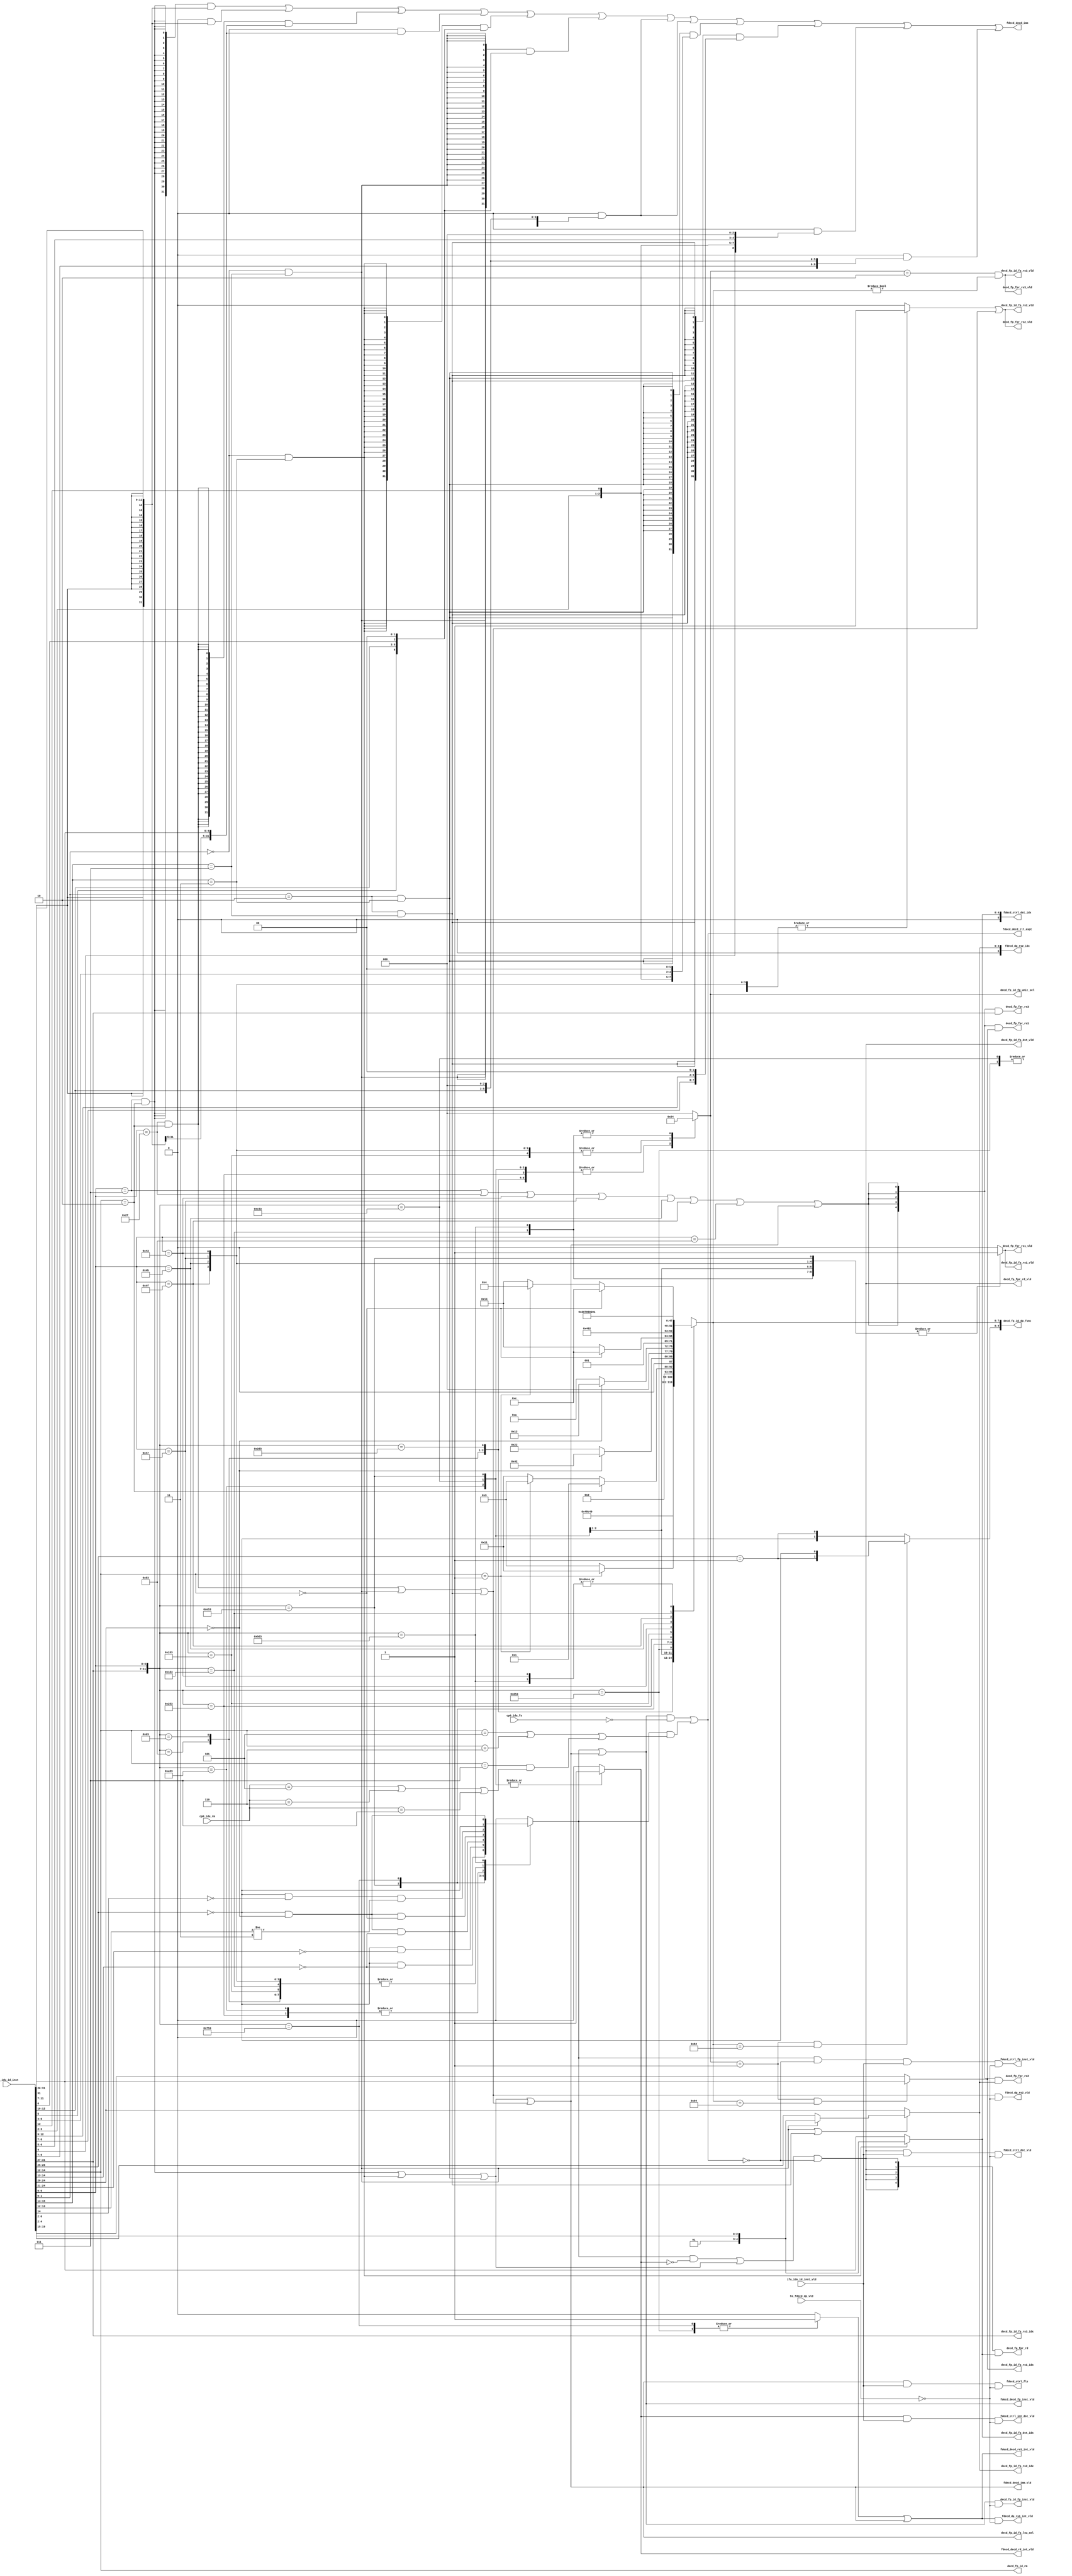
/*Copyright 2020-2021 T-Head Semiconductor Co., Ltd.

Licensed under the Apache License, Version 2.0 (the "License");
you may not use this file except in compliance with the License.
You may obtain a copy of the License at

    http://www.apache.org/licenses/LICENSE-2.0

Unless required by applicable law or agreed to in writing, software
distributed under the License is distributed on an "AS IS" BASIS,
WITHOUT WARRANTIES OR CONDITIONS OF ANY KIND, either express or implied.
See the License for the specific language governing permissions and
limitations under the License.
*/

// &ModuleBeg; @26
module pa_idu_decd_fp(
  cp0_idu_fs,
  cp0_idu_rm,
  decd_fp_fpr_rd,
  decd_fp_fpr_rd_vld,
  decd_fp_fpr_rs1,
  decd_fp_fpr_rs1_vld,
  decd_fp_fpr_rs2,
  decd_fp_fpr_rs2_vld,
  decd_fp_fpr_rs3,
  decd_fp_fpr_rs3_vld,
  decd_fp_id_dp_func,
  decd_fp_id_fp_dst_idx,
  decd_fp_id_fp_dst_vld,
  decd_fp_id_fp_inst_vld,
  decd_fp_id_fp_lsu_sel,
  decd_fp_id_fp_rs1_idx,
  decd_fp_id_fp_rs1_vld,
  decd_fp_id_fp_rs2_idx,
  decd_fp_id_fp_rs2_vld,
  decd_fp_id_fp_rs3_idx,
  decd_fp_id_fp_rs3_vld,
  decd_fp_id_fp_unit_sel,
  decd_fp_id_rm,
  fdecd_ctrl_dst_idx,
  fdecd_ctrl_dst_vld,
  fdecd_ctrl_fls,
  fdecd_ctrl_fp_inst_vld,
  fdecd_ctrl_int_dst_vld,
  fdecd_decd_fp_inst_vld,
  fdecd_decd_ill_expt,
  fdecd_decd_imm,
  fdecd_decd_imm_vld,
  fdecd_decd_rd_int_vld,
  fdecd_decd_rs1_int_vld,
  fdecd_dp_rs1_int_vld,
  fdecd_dp_rs2_idx,
  fdecd_dp_rs2_vld,
  hs_fdecd_dp_vld,
  ifu_idu_id_inst,
  ifu_idu_id_inst_vld
);

// &Ports; @27
input   [1 :0]  cp0_idu_fs;                 
input   [2 :0]  cp0_idu_rm;                 
input           hs_fdecd_dp_vld;            
input   [31:0]  ifu_idu_id_inst;            
input           ifu_idu_id_inst_vld;        
output  [4 :0]  decd_fp_fpr_rd;             
output          decd_fp_fpr_rd_vld;         
output  [4 :0]  decd_fp_fpr_rs1;            
output          decd_fp_fpr_rs1_vld;        
output  [4 :0]  decd_fp_fpr_rs2;            
output          decd_fp_fpr_rs2_vld;        
output  [4 :0]  decd_fp_fpr_rs3;            
output          decd_fp_fpr_rs3_vld;        
output  [9 :0]  decd_fp_id_dp_func;         
output  [4 :0]  decd_fp_id_fp_dst_idx;      
output          decd_fp_id_fp_dst_vld;      
output          decd_fp_id_fp_inst_vld;     
output          decd_fp_id_fp_lsu_sel;      
output  [4 :0]  decd_fp_id_fp_rs1_idx;      
output          decd_fp_id_fp_rs1_vld;      
output  [4 :0]  decd_fp_id_fp_rs2_idx;      
output          decd_fp_id_fp_rs2_vld;      
output  [4 :0]  decd_fp_id_fp_rs3_idx;      
output          decd_fp_id_fp_rs3_vld;      
output  [2 :0]  decd_fp_id_fp_unit_sel;     
output  [2 :0]  decd_fp_id_rm;              
output  [5 :0]  fdecd_ctrl_dst_idx;         
output          fdecd_ctrl_dst_vld;         
output          fdecd_ctrl_fls;             
output          fdecd_ctrl_fp_inst_vld;     
output          fdecd_ctrl_int_dst_vld;     
output          fdecd_decd_fp_inst_vld;     
output          fdecd_decd_ill_expt;        
output  [31:0]  fdecd_decd_imm;             
output          fdecd_decd_imm_vld;         
output          fdecd_decd_rd_int_vld;      
output          fdecd_decd_rs1_int_vld;     
output          fdecd_dp_rs1_int_vld;       
output  [5 :0]  fdecd_dp_rs2_idx;           
output          fdecd_dp_rs2_vld;           

// &Regs; @28
reg             fdecd_fpu_vld;              
reg     [7 :0]  fdecd_func;                 
reg             fdecd_int_dst_vld;          
reg             fdecd_rs1_int;              
reg             fdecd_rs1_vld;              
reg             fdecd_rs2_vld;              
reg     [2 :0]  fdecd_sel;                  

// &Wires; @29
wire    [1 :0]  cp0_idu_fs;                 
wire    [2 :0]  cp0_idu_rm;                 
wire    [4 :0]  decd_fp_fpr_rd;             
wire            decd_fp_fpr_rd_vld;         
wire    [4 :0]  decd_fp_fpr_rs1;            
wire            decd_fp_fpr_rs1_vld;        
wire    [4 :0]  decd_fp_fpr_rs2;            
wire            decd_fp_fpr_rs2_vld;        
wire    [4 :0]  decd_fp_fpr_rs3;            
wire            decd_fp_fpr_rs3_vld;        
wire    [9 :0]  decd_fp_id_dp_func;         
wire    [4 :0]  decd_fp_id_fp_dst_idx;      
wire            decd_fp_id_fp_dst_vld;      
wire            decd_fp_id_fp_inst_vld;     
wire            decd_fp_id_fp_lsu_sel;      
wire    [4 :0]  decd_fp_id_fp_rs1_idx;      
wire            decd_fp_id_fp_rs1_vld;      
wire    [4 :0]  decd_fp_id_fp_rs2_idx;      
wire            decd_fp_id_fp_rs2_vld;      
wire    [4 :0]  decd_fp_id_fp_rs3_idx;      
wire            decd_fp_id_fp_rs3_vld;      
wire    [2 :0]  decd_fp_id_fp_unit_sel;     
wire    [2 :0]  decd_fp_id_rm;              
wire            fdecd_cfld_vld;             
wire    [31:0]  fdecd_cfldsp_imm;           
wire            fdecd_cfldsp_vld;           
wire    [31:0]  fdecd_cfls_imm;             
wire    [31:0]  fdecd_cflsd_imm;            
wire            fdecd_cflw_vld;             
wire    [31:0]  fdecd_cflwsp_imm;           
wire            fdecd_cflwsp_vld;           
wire            fdecd_cfsd_vld;             
wire    [31:0]  fdecd_cfsdsp_imm;           
wire            fdecd_cfsdsp_vld;           
wire            fdecd_cfst_vld;             
wire            fdecd_cfsw_vld;             
wire    [31:0]  fdecd_cfswsp_imm;           
wire            fdecd_cfswsp_vld;           
wire    [5 :0]  fdecd_ctrl_dst_idx;         
wire            fdecd_ctrl_dst_vld;         
wire            fdecd_ctrl_fls;             
wire            fdecd_ctrl_fp_inst_vld;     
wire            fdecd_ctrl_int_dst_vld;     
wire            fdecd_decd_fp_inst_vld;     
wire            fdecd_decd_ill_expt;        
wire    [31:0]  fdecd_decd_imm;             
wire            fdecd_decd_imm_vld;         
wire            fdecd_decd_rd_int_vld;      
wire            fdecd_decd_rs1_int_vld;     
wire            fdecd_dp_rs1_int_vld;       
wire    [5 :0]  fdecd_dp_rs2_idx;           
wire            fdecd_dp_rs2_vld;           
wire            fdecd_dst_vld;              
wire    [31:0]  fdecd_fl_imm;               
wire            fdecd_fld_vld;              
wire    [31:0]  fdecd_fls_imm;              
wire    [4 :0]  fdecd_fls_rs2;              
wire            fdecd_fls_vld;              
wire            fdecd_flw_vld;              
wire    [1 :0]  fdecd_fmt;                  
wire    [1 :0]  fdecd_fmt_fin;              
wire            fdecd_fmt_swap;             
wire            fdecd_fpu_dp_vld;           
wire    [31:0]  fdecd_fs_imm;               
wire            fdecd_fsd_vld;              
wire            fdecd_fsw_vld;              
wire    [4 :0]  fdecd_func5;                
wire            fdecd_ill_expt;             
wire    [31:0]  fdecd_inst;                 
wire            fdecd_ld_vld;               
wire    [6 :0]  fdecd_op;                   
wire    [4 :0]  fdecd_rd;                   
wire    [4 :0]  fdecd_rd_fin;               
wire            fdecd_rd_reuse;             
wire    [2 :0]  fdecd_rm;                   
wire    [4 :0]  fdecd_rs1;                  
wire    [4 :0]  fdecd_rs1_fin;              
wire    [4 :0]  fdecd_rs2;                  
wire    [4 :0]  fdecd_rs2_fin;              
wire    [4 :0]  fdecd_rs3;                  
wire            fdecd_rs3_vld;              
wire            fdecd_rs_vld;               
wire            fdecd_st_vld;               
wire            fp_dynamic_rounding_illegal; 
wire            fp_fs_illegal;              
wire            fp_rm_illegal;              
wire            fp_static_rounding_illegal; 
wire            hs_fdecd_dp_vld;            
wire    [31:0]  ifu_idu_id_inst;            
wire            ifu_idu_id_inst_vld;        


//==========================================================
//                Define the operation type and funtion
//==========================================================
//--------------------parameter width define---------------
// following defines data width of decoded information
parameter SEL_WIDTH  = 3;
parameter FUNC_WIDTH = 8;

//--------------------Inst Unit define--------------
parameter FALU = 3'b001;
parameter FMAU = 3'b010;
parameter FDSU = 3'b100;

//--------------------Inst Precision define---------
parameter FP = 2'b01;
parameter DP = 2'b10;

//--------------------FALU FUNC define---------------
// value definition of decd_func in FALU
// FADD
parameter FADD = 8'b1001_0001;
parameter FSUB = 8'b1000_1001;
parameter FMAX = 8'b0011_0001;
parameter FMIN = 8'b0010_1001;
parameter FLT  = 8'b0100_1001;
parameter FLE  = 8'b0101_0001;
parameter FEQ  = 8'b0100_0001;
// FCNVT
parameter FCVT_F_F  = 8'b1000_0010;
parameter FCVT_W_F  = 8'b0100_0010;
parameter FCVT_WU_F = 8'b0010_0010;
parameter FCVT_F_W  = 8'b0001_0010;
parameter FCVT_F_WU = 8'b0000_1010;
//FSPU
parameter FMV_X_W  = 8'b0010_1100;
parameter FMV_X_HW = 8'b1001_0100;
parameter FMV_W_X  = 8'b1000_1100;
parameter FMV_HW_X = 8'b1000_0100;
parameter FSGNJ    = 8'b0100_1100;
parameter FSGNJN   = 8'b0100_0100;
parameter FSGNJX   = 8'b0101_0100;
parameter FCLASS   = 8'b0011_0100;

//--------------------FMAU FUNC define---------------
// value definition of decd_func in FMAU
parameter FMUL   = 8'b0000_0000;
parameter FMADD  = 8'b0000_0001;
parameter FMSUB  = 8'b0000_0011;
parameter FNMSUB = 8'b0000_0111;
parameter FNMADD = 8'b0000_0101;

//--------------------FDSU FUNC define---------------
// value definition of decd_func in FDSU
parameter FSQRT  = 8'b0000_0001;
parameter FDIV   = 8'b0000_0010;

//==========================================================
//                      Decoder Input
//==========================================================
// Note: for power consideration, the inst is divided into
// 32/16-bit insts first; if timing is critical, the opcode
// can be release for 1-2 gate timing

// Opcode, Rounding-mode, Format and Func5
assign fdecd_inst[31:0] = ifu_idu_id_inst[31:0];
assign fdecd_op[6:0]    = fdecd_inst[6:0];
assign fdecd_rm[2:0]    = fdecd_inst[14:12];
assign fdecd_fmt[1:0]   = {fdecd_inst[26:25] == 2'b0, fdecd_inst[26:25] == 2'b1};
assign fdecd_func5[4:0] = fdecd_inst[31:27];

assign fdecd_rd[4:0]    = fdecd_inst[11:7];
assign fdecd_rs1[4:0]   = fdecd_inst[19:15];
assign fdecd_rs2[4:0]   = fdecd_inst[24:20];
assign fdecd_rs3[4:0]   = fdecd_inst[31:27];

//==========================================================
//                      Main  Decoder
//==========================================================
// main decoder produces operation information, operand
// information and oper prepare information,
// all values are defined by parameter.
// details defintions of operands plz refer to parameter define

// &CombBeg; @114
always @( fdecd_op[6:0]
       or fdecd_inst[26:20]
       or fdecd_func5[4:0]
       or fdecd_inst[14:12])
begin
  casez({fdecd_func5[4:0], fdecd_op[6:0]})
    //===================================================
    // FALU Decoder
    //---------------------------------------------------
    // FADDER: 7 RV32F insts, 7 RV32D insts
    12'b00000_1010011: // FADD/DADD
    begin
      fdecd_sel[SEL_WIDTH-1:0]   = FALU;
      fdecd_func[FUNC_WIDTH-1:0] = FADD;
      fdecd_fpu_vld              = fdecd_inst[26:25] == 2'b0;
      fdecd_rs1_vld              = 1'b1;
      fdecd_rs1_int              = 1'b0;
      fdecd_rs2_vld              = 1'b1;
      fdecd_int_dst_vld          = 1'b0;
    end
    12'b00001_1010011: //FSUBS/FSUBD
    begin
      fdecd_sel[SEL_WIDTH-1:0]   = FALU;
      fdecd_func[FUNC_WIDTH-1:0] = FSUB;
      fdecd_fpu_vld              = fdecd_inst[26:25] == 2'b0;
      fdecd_rs1_vld              = 1'b1;
      fdecd_rs1_int              = 1'b0;
      fdecd_rs2_vld              = 1'b1;
      fdecd_int_dst_vld          = 1'b0;
    end
    12'b00101_1010011: //FMAXS/FMAXD/FMINS/FMIND
    begin
      fdecd_sel[SEL_WIDTH-1:0]   = FALU;
      fdecd_func[FUNC_WIDTH-1:0] = fdecd_inst[14:12] == 3'b001 ? FMAX : FMIN;
      fdecd_fpu_vld              = fdecd_inst[26:25] == 2'b0 & fdecd_inst[14:13] == 2'b0;
      fdecd_rs1_vld              = 1'b1;
      fdecd_rs1_int              = 1'b0;
      fdecd_rs2_vld              = 1'b1;
      fdecd_int_dst_vld          = 1'b0;
    end
    12'b10100_1010011: //FEQS/FEQD/FLTS/FLTD/FLES/FLED
    begin
      fdecd_sel[SEL_WIDTH-1:0]   = FALU;
      fdecd_func[FUNC_WIDTH-1:0] = fdecd_inst[14:12] == 3'b010 ? FEQ :
                                   fdecd_inst[14:12] == 3'b001 ? FLT : FLE;
      fdecd_fpu_vld              = fdecd_inst[26:25] == 2'b0 & ~fdecd_inst[14] & fdecd_inst[13:12] != 2'b11;
      fdecd_rs1_vld              = 1'b1;
      fdecd_rs1_int              = 1'b0;
      fdecd_rs2_vld              = 1'b1;
      fdecd_int_dst_vld          = 1'b1;
    end
    //---------------------------------------------------
    // FCNVT: 5 RV32F insts, 5 RV32D insts
    12'b11000_1010011: //FCVT_W_S/FCVT_W_D/FCVT_WU_S/FCVT_WU_D
    begin
      fdecd_sel[SEL_WIDTH-1:0]   = FALU;
      fdecd_func[FUNC_WIDTH-1:0] = fdecd_inst[24:20] == 5'b0 ? FCVT_W_F : FCVT_WU_F;
      fdecd_fpu_vld              = fdecd_inst[26:25] == 2'b0 & fdecd_inst[24:21] == 4'b0;
      fdecd_rs1_vld              = 1'b1;
      fdecd_rs1_int              = 1'b0;
      fdecd_rs2_vld              = 1'b0;
      fdecd_int_dst_vld          = 1'b1;
    end
    12'b11010_1010011: //FCVT_S_W/FCVT_D_W/FCVT_S_WU/FCVT_D_WU
    begin
      fdecd_sel[SEL_WIDTH-1:0]   = FALU;
      fdecd_func[FUNC_WIDTH-1:0] = fdecd_inst[24:20] == 5'b0 ? FCVT_F_W : FCVT_F_WU;
      fdecd_fpu_vld              = fdecd_inst[26:25] == 2'b0 & fdecd_inst[24:21] == 4'b0;
      fdecd_rs1_vld              = 1'b0;
      fdecd_rs1_int              = 1'b1;
      fdecd_rs2_vld              = 1'b0;
      fdecd_int_dst_vld          = 1'b0;
    end
    //---------------------------------------------------
    // FSPU: 8 RV32F insts, 4 RV32D insts
    12'b11100_1010011: //FMV_X_W/FCLASSS/FCLASSD
    begin
      fdecd_sel[SEL_WIDTH-1:0]   = FALU;
      fdecd_func[FUNC_WIDTH-1:0] = fdecd_inst[14:12] == 3'b000 ? FMV_X_W : FCLASS;
      fdecd_fpu_vld              = fdecd_inst[26:25] == 2'b0 & fdecd_inst[24:20] == 5'b0 & fdecd_inst[14:13] == 2'b0;
      fdecd_rs1_vld              = 1'b1;
      fdecd_rs1_int              = 1'b0;
      fdecd_rs2_vld              = 1'b0;
      fdecd_int_dst_vld          = 1'b1;
    end
    12'b11110_1010011: //FMV_W_X
    begin
      fdecd_sel[SEL_WIDTH-1:0]   = FALU;
      fdecd_func[FUNC_WIDTH-1:0] = FMV_W_X;
      fdecd_fpu_vld              = fdecd_inst[26:25] == 2'b0 & fdecd_inst[24:20] == 5'b0 & fdecd_inst[14:12] == 3'b0;
      fdecd_rs1_vld              = 1'b0;
      fdecd_rs1_int              = 1'b1;
      fdecd_rs2_vld              = 1'b0;
      fdecd_int_dst_vld          = 1'b0;
    end
    12'b00100_1010011: //FSGNJS/FSGNJD/FSGNJNS/FSGNJND/FSGNJXS/FSGNJXD
    begin
      fdecd_sel[SEL_WIDTH-1:0]   = FALU;
      fdecd_func[FUNC_WIDTH-1:0] = fdecd_inst[14:12] == 3'b000 ? FSGNJ :
                                   fdecd_inst[14:12] == 3'b001 ? FSGNJN : FSGNJX;
      fdecd_fpu_vld              = fdecd_inst[26:25] == 2'b0 & ~fdecd_inst[14] & fdecd_inst[13:12] != 2'b11;
      fdecd_rs1_vld              = 1'b1;
      fdecd_rs1_int              = 1'b0;
      fdecd_rs2_vld              = 1'b1;
      fdecd_int_dst_vld          = 1'b0;
    end
    //===================================================
    // FMAU Decoder
    //---------------------------------------------------
    // FMAU: 5 RV32F insts, 5 RV32D insts
    12'b00010_1010011: //FMULS/FMULD
    begin  
      fdecd_sel[SEL_WIDTH-1:0]   = FMAU;
      fdecd_func[FUNC_WIDTH-1:0] = FMUL;
      fdecd_fpu_vld              = fdecd_inst[26:25] == 2'b0;
      fdecd_rs1_vld              = 1'b1;
      fdecd_rs1_int              = 1'b0;
      fdecd_rs2_vld              = 1'b1;
      fdecd_int_dst_vld          = 1'b0;
    end
    12'b?????_1000011: //FMADDS/FMADDD
    begin  
      fdecd_sel[SEL_WIDTH-1:0]   = FMAU;
      fdecd_func[FUNC_WIDTH-1:0] = FMADD;
      fdecd_fpu_vld              = fdecd_inst[26:25] == 2'b0;
      fdecd_rs1_vld              = 1'b1;
      fdecd_rs1_int              = 1'b0;
      fdecd_rs2_vld              = 1'b1;
      fdecd_int_dst_vld          = 1'b0;
    end
    12'b?????_1000111: //FMSUBS/FMSUBD
    begin  
      fdecd_sel[SEL_WIDTH-1:0]   = FMAU;
      fdecd_func[FUNC_WIDTH-1:0] = FMSUB;
      fdecd_fpu_vld              = fdecd_inst[26:25] == 2'b0;
      fdecd_rs1_vld              = 1'b1;
      fdecd_rs1_int              = 1'b0;
      fdecd_rs2_vld              = 1'b1;
      fdecd_int_dst_vld          = 1'b0;
    end
    12'b?????_1001011: //FNMSUBS/FNMSUBD
    begin  
      fdecd_sel[SEL_WIDTH-1:0]   = FMAU;
      fdecd_func[FUNC_WIDTH-1:0] = FNMSUB;
      fdecd_fpu_vld              = fdecd_inst[26:25] == 2'b0;
      fdecd_rs1_vld              = 1'b1;
      fdecd_rs1_int              = 1'b0;
      fdecd_rs2_vld              = 1'b1;
      fdecd_int_dst_vld          = 1'b0;
    end
    12'b?????_1001111: //FNMADDS/FNMADDD
    begin  
      fdecd_sel[SEL_WIDTH-1:0]   = FMAU;
      fdecd_func[FUNC_WIDTH-1:0] = FNMADD;
      fdecd_fpu_vld              = fdecd_inst[26:25] == 2'b0;
      fdecd_rs1_vld              = 1'b1;
      fdecd_rs1_int              = 1'b0;
      fdecd_rs2_vld              = 1'b1;
      fdecd_int_dst_vld          = 1'b0;
    end
    //===================================================
    // FDSU Decoder
    //---------------------------------------------------
    // FDSU: 2 RV32F insts, 2 RV32D insts
    12'b00011_1010011: //FDIVS/FDIVD
    begin
      fdecd_sel[SEL_WIDTH-1:0]   = FDSU;
      fdecd_func[FUNC_WIDTH-1:0] = FDIV;
      fdecd_fpu_vld              = fdecd_inst[26:25] == 2'b0;
      fdecd_rs1_vld              = 1'b1;
      fdecd_rs1_int              = 1'b0;
      fdecd_rs2_vld              = 1'b1;
      fdecd_int_dst_vld          = 1'b0;
    end
    12'b01011_1010011: //FSQRTS/FSQRTD
    begin
      fdecd_sel[SEL_WIDTH-1:0]   = FDSU;
      fdecd_func[FUNC_WIDTH-1:0] = FSQRT;
      fdecd_fpu_vld              = fdecd_inst[26:25] == 2'b0 & fdecd_inst[24:20] == 5'b0;
      fdecd_rs1_vld              = 1'b1;
      fdecd_rs1_int              = 1'b0;
      fdecd_rs2_vld              = 1'b1;
      fdecd_int_dst_vld          = 1'b0;
    end
    //===================================================
    default:
    begin
      fdecd_sel[SEL_WIDTH-1:0]   = {SEL_WIDTH{1'b0}};
      fdecd_func[FUNC_WIDTH-1:0] = {FUNC_WIDTH{1'bx}};
      fdecd_fpu_vld              = 1'b0;
      fdecd_rs1_vld              = 1'b0;
      fdecd_rs1_int              = 1'b0;
      fdecd_rs2_vld              = 1'b0;
      fdecd_int_dst_vld          = 1'b0;
    end
  endcase
// &CombEnd; @402
end

// decode for FLSU
assign fdecd_flw_vld    = fdecd_inst[6:0] == 7'b0000111 & fdecd_inst[14:12] == 3'b010;
assign fdecd_fsw_vld    = fdecd_inst[6:0] == 7'b0100111 & fdecd_inst[14:12] == 3'b010;
assign fdecd_cflw_vld   = fdecd_inst[1:0] == 2'b00      & fdecd_inst[15:13] == 3'b011;
assign fdecd_cfsw_vld   = fdecd_inst[1:0] == 2'b00      & fdecd_inst[15:13] == 3'b111;
assign fdecd_cflwsp_vld = fdecd_inst[1:0] == 2'b10      & fdecd_inst[15:13] == 3'b011;
assign fdecd_cfswsp_vld = fdecd_inst[1:0] == 2'b10      & fdecd_inst[15:13] == 3'b111;

assign fdecd_fld_vld    = 1'b0;
assign fdecd_fsd_vld    = 1'b0;
assign fdecd_cfld_vld   = 1'b0;
assign fdecd_cfsd_vld   = 1'b0;
assign fdecd_cfldsp_vld = 1'b0;
assign fdecd_cfsdsp_vld = 1'b0;

assign fdecd_ld_vld  = fdecd_flw_vld | fdecd_cflw_vld | fdecd_cflwsp_vld
                    | fdecd_fld_vld | fdecd_cfld_vld | fdecd_cfldsp_vld;
assign fdecd_st_vld  = fdecd_fsw_vld | fdecd_cfsw_vld | fdecd_cfswsp_vld
                    | fdecd_fsd_vld | fdecd_cfsd_vld | fdecd_cfsdsp_vld;

assign fdecd_fls_vld = fdecd_ld_vld | fdecd_st_vld;

// fls operand prepare
// int rs1: inserted into int decd
// int imm:
assign fdecd_fl_imm[31:0]     = {{21{fdecd_inst[31]}}, fdecd_inst[30:20]};
assign fdecd_fs_imm[31:0]     = {{21{fdecd_inst[31]}}, fdecd_inst[30:25], fdecd_inst[11:7]};
assign fdecd_cfls_imm[31:0]   = {25'b0, fdecd_inst[5], fdecd_inst[12:10], fdecd_inst[6], 2'b0};
assign fdecd_cflsd_imm[31:0]  = {24'b0, fdecd_inst[6:5], fdecd_inst[12:10], 3'b0};
assign fdecd_cflwsp_imm[31:0] = {24'b0, fdecd_inst[3:2], fdecd_inst[12], fdecd_inst[6:4], 2'b0};
assign fdecd_cfswsp_imm[31:0] = {24'b0, fdecd_inst[8:7], fdecd_inst[12:9], 2'b0};
assign fdecd_cfldsp_imm[31:0] = {23'b0, fdecd_inst[4:2], fdecd_inst[12], fdecd_inst[6:5], 3'b0};
assign fdecd_cfsdsp_imm[31:0] = {23'b0, fdecd_inst[9:7], fdecd_inst[12:10], 3'b0};

assign fdecd_fls_imm[31:0] = {32{fdecd_flw_vld}}    & fdecd_fl_imm[31:0]
                           | {32{fdecd_fld_vld}}    & fdecd_fl_imm[31:0]
                           | {32{fdecd_fsw_vld}}    & fdecd_fs_imm[31:0]
                           | {32{fdecd_fsd_vld}}    & fdecd_fs_imm[31:0]
                           | {32{fdecd_cflw_vld}}   & fdecd_cfls_imm[31:0]
                           | {32{fdecd_cfsw_vld}}   & fdecd_cfls_imm[31:0]
                           | {32{fdecd_cfld_vld}}   & fdecd_cflsd_imm[31:0]
                           | {32{fdecd_cfsd_vld}}   & fdecd_cflsd_imm[31:0]
                           | {32{fdecd_cflwsp_vld}} & fdecd_cflwsp_imm[31:0]
                           | {32{fdecd_cfswsp_vld}} & fdecd_cfswsp_imm[31:0]
                           | {32{fdecd_cfldsp_vld}} & fdecd_cfldsp_imm[31:0]
                           | {32{fdecd_cfsdsp_vld}} & fdecd_cfsdsp_imm[31:0];
// float rs2:
assign fdecd_fls_rs2[4:0] = (fdecd_cfsw_vld | fdecd_cfsd_vld) ? {2'b01, fdecd_inst[4:2]}
                                                               : fdecd_inst[6:2];
assign fdecd_cfst_vld     = fdecd_cfsw_vld | fdecd_cfswsp_vld
                         | fdecd_cfsd_vld | fdecd_cfsdsp_vld;
assign fdecd_rs2_fin[4:0] = fdecd_cfst_vld ? fdecd_fls_rs2[4:0] : fdecd_rs2[4:0];

// float rd:
assign fdecd_rd_fin[4:0] = (fdecd_cflw_vld | fdecd_cfld_vld) ? {2'b01, fdecd_inst[4:2]}
                                                              : fdecd_rd[4:0];

// Float RS3 Valid
assign fdecd_rs3_vld = fdecd_sel[SEL_WIDTH-1:0] == FMAU 
                    & fdecd_func[FUNC_WIDTH-1:0] != FMUL;
// Float Dst Valid
assign fdecd_dst_vld = (fdecd_fpu_vld & ~fdecd_int_dst_vld | fdecd_ld_vld)
                     & ~fdecd_ill_expt;

// decoder for FLSU
assign fdecd_rd_reuse = fdecd_sel[SEL_WIDTH-1:0] == FALU
                    & fdecd_func[FUNC_WIDTH-1:0] == FMV_HW_X;
assign fdecd_rs1_fin[4:0] = fdecd_rd_reuse ? fdecd_rd[4:0] : fdecd_rs1[4:0];

// float rs vld
assign fdecd_fpu_dp_vld = fdecd_op[6:0] == 7'b0000111 | fdecd_op[6:0] == 7'b0100111
                       | fdecd_op[6:0] == 7'b1000011 | fdecd_op[6:0] == 7'b1000111
                       | fdecd_op[6:0] == 7'b1001011 | fdecd_op[6:0] == 7'b1001111
                       | fdecd_op[6:0] == 7'b1010011;

assign fdecd_rs_vld = fdecd_fpu_dp_vld | fdecd_fls_vld;

// format swap
assign fdecd_fmt_swap = fdecd_sel[SEL_WIDTH-1:0] == FALU
                     & fdecd_func[FUNC_WIDTH-1:0] == FCVT_F_F;
assign fdecd_fmt_fin[1:0] = fdecd_fmt_swap ? {fdecd_fmt[0], fdecd_fmt[1]}
                                           : fdecd_fmt[1:0];

//FP extension illegal
//1. rounding mode == 3'b101 or rounding mode = 3'b110
//2. rounding mode == 3'b111 and fcsr[7:5] == 3'b101~3'b111
//3. FS==0,execute RV64F/D inst or read/write fcsr/fflags/frm/fxcr
//   read/write fcsr/... will decode in CP0
assign fp_static_rounding_illegal  = (fdecd_inst[14:12] == 3'b101)
                                  | (fdecd_inst[14:12] == 3'b110);
assign fp_dynamic_rounding_illegal = (fdecd_inst[14:12] == 3'b111)
                                  & ((cp0_idu_rm[2:0] == 3'b101)
                                      |(cp0_idu_rm[2:0] == 3'b110)
                                      |(cp0_idu_rm[2:0] == 3'b111));
assign fp_fs_illegal = (cp0_idu_fs[1:0] == 2'b00); //off
assign fp_rm_illegal = fp_static_rounding_illegal | fp_dynamic_rounding_illegal;

assign fdecd_ill_expt = (fdecd_fpu_vld | fdecd_fls_vld) & fp_fs_illegal
                      | fdecd_fpu_vld & fp_rm_illegal;

//==========================================================
//     Rename output decoded information for IDU modules
//==========================================================
// fpr Todo
assign decd_fp_fpr_rs1_vld  = fdecd_rs1_vld;
assign decd_fp_fpr_rs1[4:0] = {5{fdecd_rs_vld}} & fdecd_rs1_fin[4:0];
assign decd_fp_fpr_rs2_vld  = fdecd_rs2_vld | fdecd_st_vld;
assign decd_fp_fpr_rs2[4:0] = {5{fdecd_rs_vld}} & fdecd_rs2_fin[4:0];
assign decd_fp_fpr_rs3_vld  = fdecd_rs3_vld;
assign decd_fp_fpr_rs3[4:0] = {5{fdecd_rs_vld}} & fdecd_rs3[4:0];
assign decd_fp_fpr_rd_vld   = fdecd_dst_vld;
assign decd_fp_fpr_rd[4:0]  = {5{fdecd_dst_vld}} & fdecd_rd_fin[4:0];

// id fp Todo
assign decd_fp_id_fp_inst_vld     = (fdecd_fpu_vld | fdecd_fls_vld) & ~hs_fdecd_dp_vld;
assign decd_fp_id_dp_func[FUNC_WIDTH+1:0] = {fdecd_fmt_fin[1:0], fdecd_func[FUNC_WIDTH-1:0]};
assign decd_fp_id_fp_dst_idx[4:0] = fdecd_rd_fin[4:0];
assign decd_fp_id_fp_dst_vld      = fdecd_dst_vld;
assign decd_fp_id_fp_rs1_idx[4:0] = fdecd_rs1_fin[4:0];
assign decd_fp_id_fp_rs1_vld      = fdecd_rs1_vld;
assign decd_fp_id_fp_rs2_idx[4:0] = fdecd_rs2_fin[4:0];    
assign decd_fp_id_fp_rs2_vld      = fdecd_rs2_vld | fdecd_st_vld;
assign decd_fp_id_fp_rs3_idx[4:0] = fdecd_rs3[4:0];     
assign decd_fp_id_fp_rs3_vld      = fdecd_rs3_vld;
assign decd_fp_id_fp_unit_sel[2:0] = fdecd_sel[SEL_WIDTH-1:0];
assign decd_fp_id_fp_lsu_sel      = fdecd_fls_vld;
assign decd_fp_id_rm[2:0]         = fdecd_rm[2:0];

assign fdecd_ctrl_fp_inst_vld     = fdecd_fpu_vld & ~fdecd_ill_expt & ifu_idu_id_inst_vld & ~hs_fdecd_dp_vld;
assign fdecd_ctrl_fls             = fdecd_fls_vld & ifu_idu_id_inst_vld & ~hs_fdecd_dp_vld;
assign fdecd_ctrl_dst_vld         = fdecd_dst_vld & ifu_idu_id_inst_vld & ~hs_fdecd_dp_vld;
assign fdecd_ctrl_dst_idx[5:0]    = {1'b0, fdecd_rd_fin[4:0]};
assign fdecd_ctrl_int_dst_vld     = fdecd_int_dst_vld & ifu_idu_id_inst_vld & ~hs_fdecd_dp_vld;

assign fdecd_decd_fp_inst_vld     = fdecd_fpu_vld | fdecd_fls_vld;
assign fdecd_decd_rs1_int_vld     = fdecd_rs1_int | fdecd_fls_vld;
assign fdecd_decd_rd_int_vld      = fdecd_int_dst_vld;
assign fdecd_decd_imm_vld         = fdecd_fls_vld;
assign fdecd_decd_imm[31:0]       = fdecd_fls_imm[31:0];
assign fdecd_decd_ill_expt        = fdecd_ill_expt;

assign fdecd_dp_rs1_int_vld       = (fdecd_rs1_int | fdecd_fls_vld) & ~hs_fdecd_dp_vld;
assign fdecd_dp_rs2_vld           = fdecd_st_vld & ~hs_fdecd_dp_vld;
assign fdecd_dp_rs2_idx[5:0]      = {1'b0, fdecd_rs2_fin[4:0]};    
//assign fdecd_dp_fst_vld           = fdecd_st_vld;

// &ModuleEnd; @567
endmodule